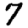
Digit: 7